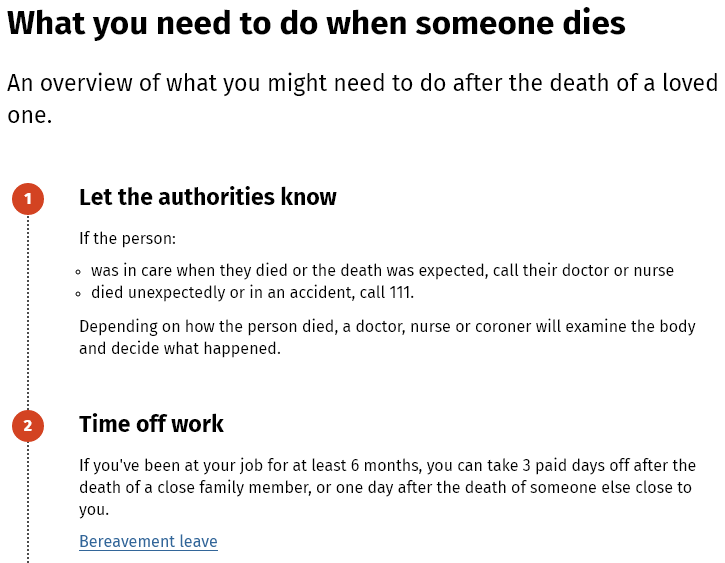
What   you    need    to   do   when    someone    dies
  An overview   of what   you  might  need   to do after  the death   of a loved
  one.
     Let the authorities   know
     Time off   work
     If you've been at your job for at least 6 months, you can take 3 paid days off after the
     death of a close family member, or one day after the death of someone else close to
     you.
     Depending on how the person died, a doctor, nurse or coroner will examine the body
     and decide what happened.
     If the person:
     Bereavement leave
     © was in care when they died or the death was expected, call their doctor or nurse
     died unexpectedly or in an accident, call 111.